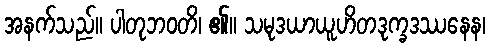
အနက်သည်။ ပါတုဘဝတိ၊ ၏။ သမုဒယာယူဟိတဒုက္ခဒဿနေန၊